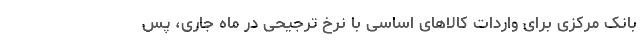
بانک مرکزی برای واردات کالاهای اساسی با نرخ ترجیحی در ماه جاری، پس